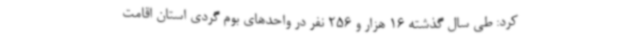
کرد: طی سال گذشته 16 هزار و 256 نفر در واحدهای بوم گردی استان اقامت